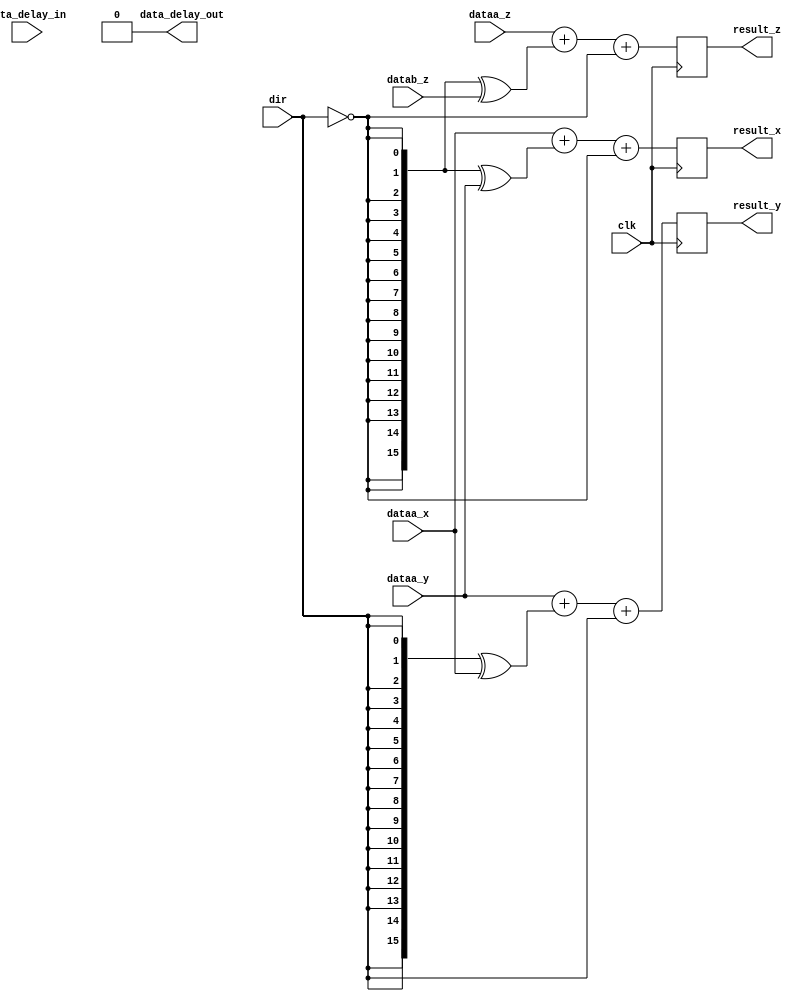
// ***************************************************************************
// ***************************************************************************
// Copyright 2014 - 2017 (c) Analog Devices, Inc. All rights reserved.
//
// In this HDL repository, there are many different and unique modules, consisting
// of various HDL (Verilog or VHDL) components. The individual modules are
// developed independently, and may be accompanied by separate and unique license
// terms.
//
// The user should read each of these license terms, and understand the
// freedoms and responsibilities that he or she has by using this source/core.
//
// This core is distributed in the hope that it will be useful, but WITHOUT ANY
// WARRANTY; without even the implied warranty of MERCHANTABILITY or FITNESS FOR
// A PARTICULAR PURPOSE.
//
// Redistribution and use of source or resulting binaries, with or without modification
// of this file, are permitted under one of the following two license terms:
//
//   1. The GNU General Public License version 2 as published by the
//      Free Software Foundation, which can be found in the top level directory
//      of this repository (LICENSE_GPL2), and also online at:
//      <https://www.gnu.org/licenses/old-licenses/gpl-2.0.html>
//
// OR
//
//   2. An ADI specific BSD license, which can be found in the top level directory
//      of this repository (LICENSE_ADIBSD), and also on-line at:
//      https://github.com/analogdevicesinc/hdl/blob/master/LICENSE_ADIBSD
//      This will allow to generate bit files and not release the source code,
//      as long as it attaches to an ADI device.
//
// ***************************************************************************
// ***************************************************************************

`timescale 1ns/100ps

module ad_dds_cordic_pipe#(

  // parameters

  // Range = N/A
  parameter P_DW = 16,
  // Range = N/A
  parameter D_DW = 16,
  // Range = N/A
  parameter DELAY_DW = 1,
  // Range = 0-(DW - 1)
  parameter SHIFT = 0) (

  // Interface

                      input                          clk,
  (* keep = "TRUE" *) input                          dir,
  (* keep = "TRUE" *) input             [  D_DW-1:0] dataa_x,
  (* keep = "TRUE" *) input             [  D_DW-1:0] dataa_y,
  (* keep = "TRUE" *) input             [  P_DW-1:0] dataa_z,
  (* keep = "TRUE" *) input             [  P_DW-1:0] datab_z,
  (* keep = "TRUE" *) output reg        [  D_DW-1:0] result_x,
  (* keep = "TRUE" *) output reg        [  D_DW-1:0] result_y,
  (* keep = "TRUE" *) output reg        [  P_DW-1:0] result_z,
                      input             [DELAY_DW:1] data_delay_in,
                      output            [DELAY_DW:1] data_delay_out);

  // Registers Declarations

  reg   [DELAY_DW:1] data_delay = 'd0;

  // Wires Declarations

  wire  [  D_DW-1:0]  sgn_shift_x;
  wire  [  D_DW-1:0]  sgn_shift_y;
  wire                dir_inv = ~dir;

  // Sign shift

  assign sgn_shift_x = {{SHIFT{dataa_x[D_DW-1]}}, dataa_x[D_DW-1:SHIFT]};
  assign sgn_shift_y = {{SHIFT{dataa_y[D_DW-1]}}, dataa_y[D_DW-1:SHIFT]};

  // Stage rotation

  always @(posedge clk) begin
    result_x <= dataa_x + ({D_DW{dir_inv}} ^ sgn_shift_y) + dir_inv;
    result_y <= dataa_y + ({D_DW{dir}}     ^ sgn_shift_x) + dir;
    result_z <= dataa_z + ({P_DW{dir_inv}} ^     datab_z) + dir_inv;
  end

  // Delay data (if used)

  generate
    if (DELAY_DW > 1) begin
      always @(posedge clk) begin
        data_delay <= data_delay_in;
      end
    end
  endgenerate

  assign data_delay_out = data_delay;

endmodule